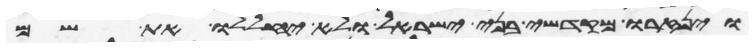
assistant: וינזרו מקדשי בני ישראל ולא יחללו את שם